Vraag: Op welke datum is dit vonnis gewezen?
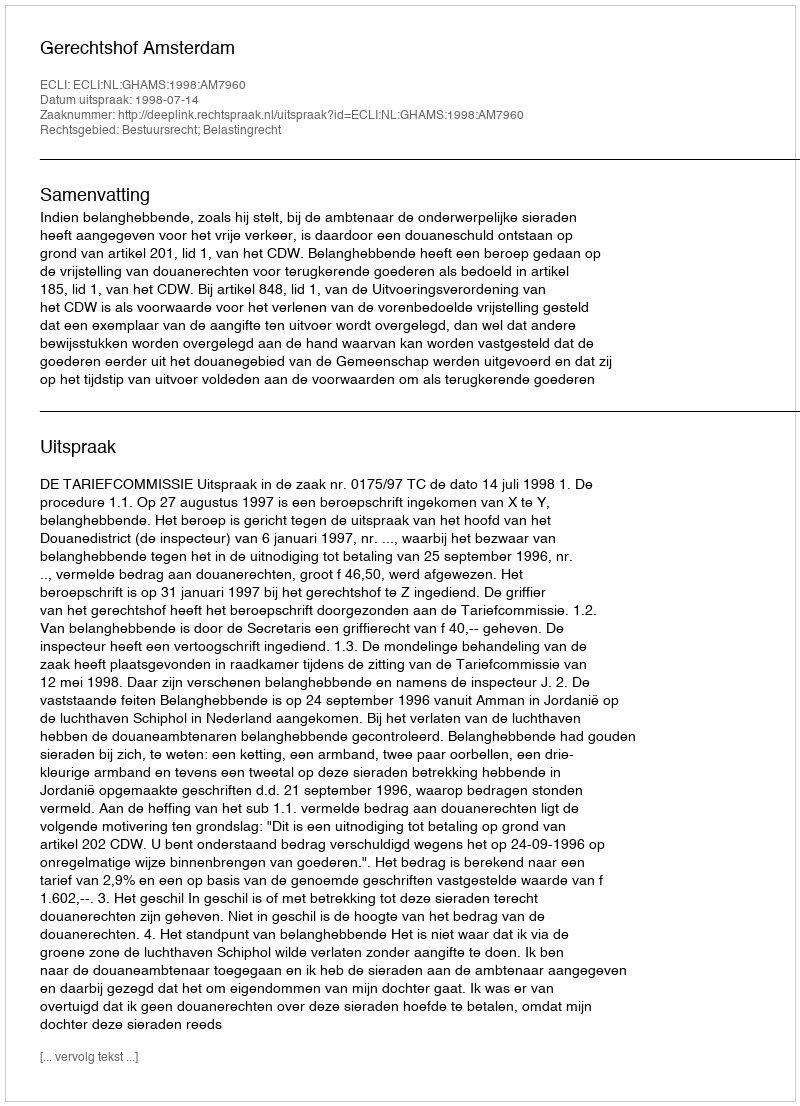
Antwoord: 1998-07-14